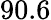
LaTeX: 90.6